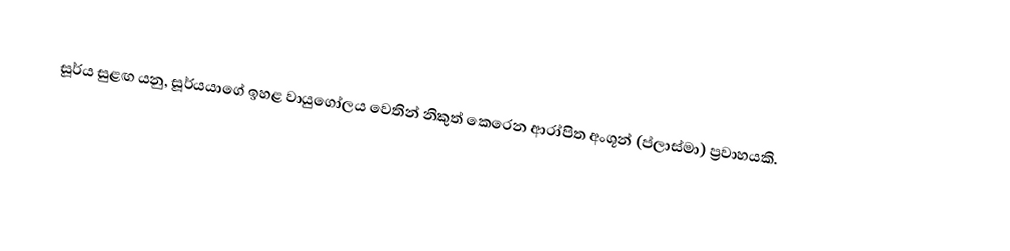
සූර්ය සුළඟ යනු, සූර්යයාගේ ඉහළ වායුගෝලය වෙතින් නිකුත් කෙරෙන ආරා්පිත අංශූන් (ප්ලාස්මා) ප්‍රවාහයකි.